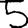
Digit: 5